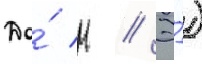
До́ н // Э́)